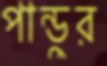
পান্ডুর